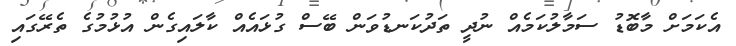
އެކަމަށް މާބޮޑު ސަމާލުކަމެއް ނުދީ ތަދުކަނޑުވަން ބޭސް ގުޅައެއް ކާލައިގެން އުޅުމުގެ ތެރޭގައި